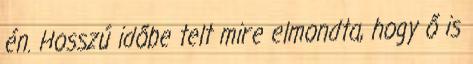
én. Hosszú időbe telt mire elmondta, hogy ő is